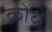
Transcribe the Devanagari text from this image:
क्रोधे